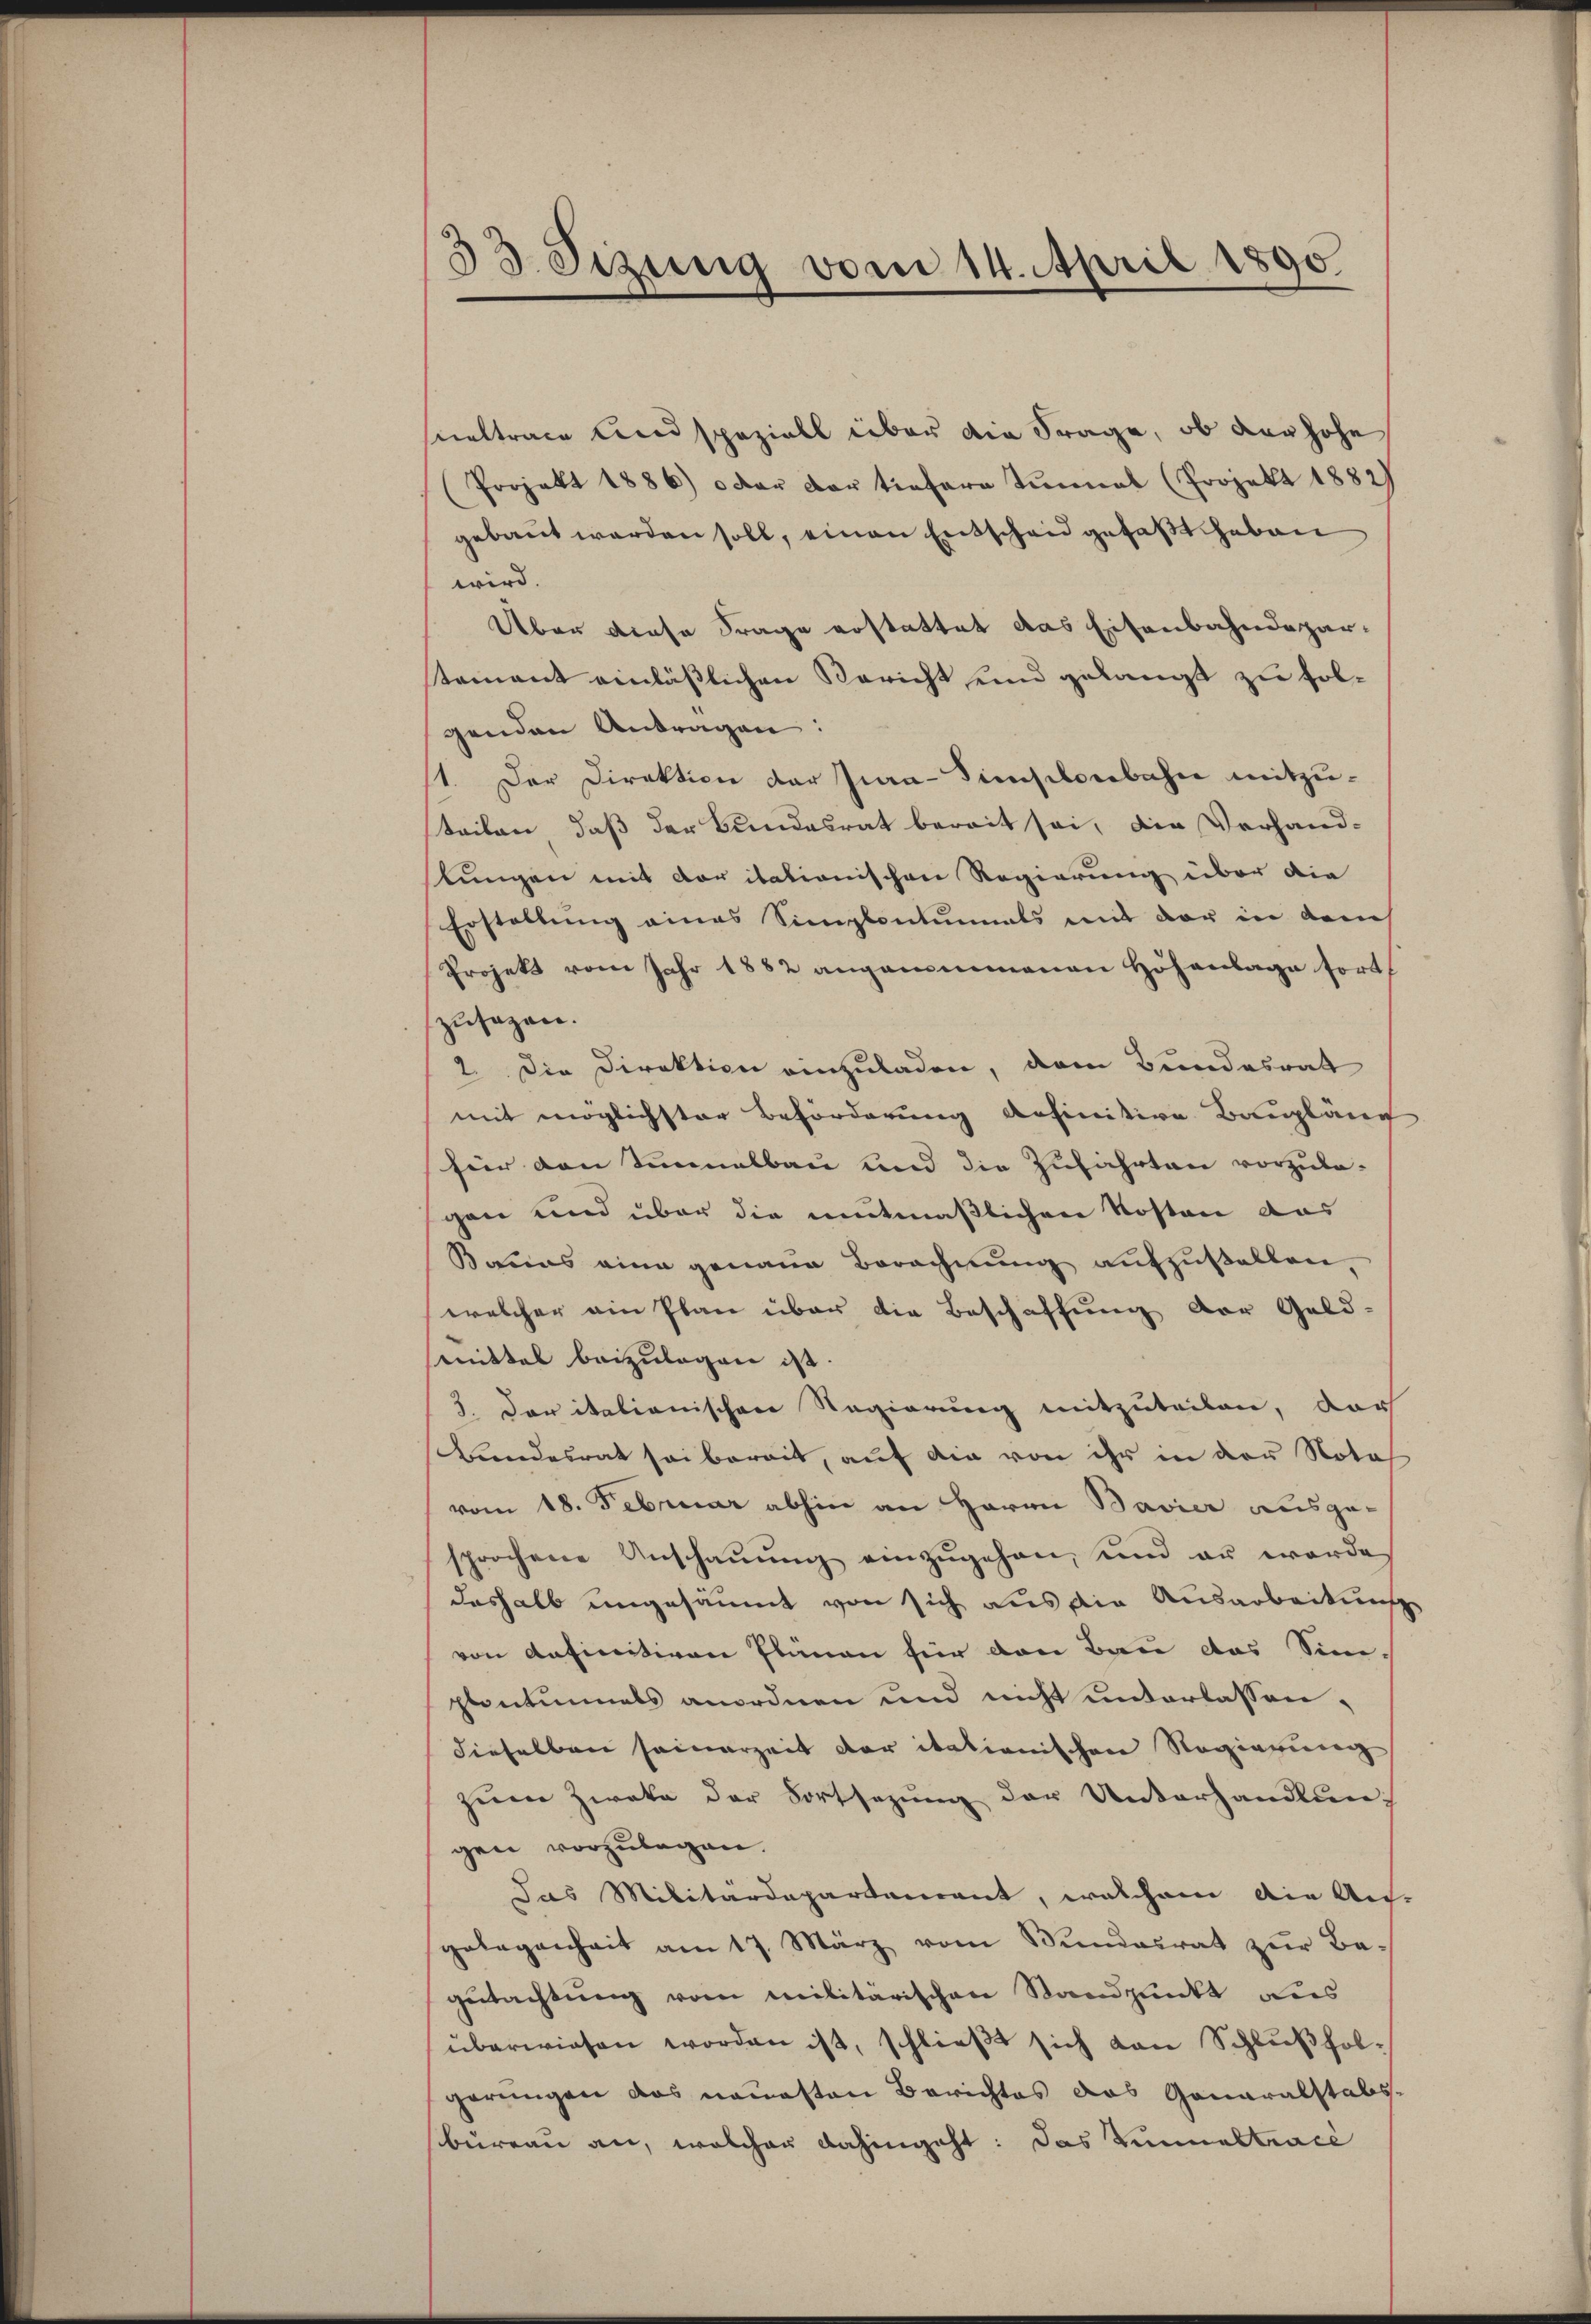
33. Sizung vom 14. April 1890

sueltrace und speziell über die Frage, ob der hohe
(Projekt 1886) oder der tiefere Turnal (Projekt 1882)
gebaut werden soll, einen Entscheid gefaßt haben
wird.
Über diese Frage erstattet das Eisenbahndepartement einläßlichen Bericht und gelangt zu solgenden Antragen:
1. Der Direktion der Jura-Simsilonbahn mitzuteilen, daß der Bundesrat bereit sei, die Verhand-
lungen mit der itationischen Regierung über die
Erstellung eines Simplontunals mit der in dem
Projekt vom Jahr 1882 angenommenen Höhenlage fort
zusagen.
2. Die Direktion einzuladen, dem Bundesrath
mit möglichster Beförderung befinitive Baupläne
für den Sinnelbau und die Zufahrten vorzule-
gen und über die mutmaßlichen Kosten das
Baues eine genaue Berechnŭng aŭfzŭstellen,
welcher ein Plan über die Beschaffung der Geld-
mittel beizulegen ist.
3. Der italienischen Regierung mitzuteilen, dar
Beendesrat sei bereit, auf die von ihr in der Nota
vom 18. Februar abhin an Herrn Bavier ausge-
sprochene Anschaŭŭng einzŭgehen, und er werde.
deshalb eingesäumt von sich aus die Ausarbeitung
von anfinitiven Plänen für den Bau das Simi-
plantunnels anordnen und nicht unterlassen,
dieselben seinerzeit der italienischen Regierung
zum Zweke der Fortsezung der Unterhandlungen vorzulegen.
Das Militärdepartement, welchem die Aus-
gelegenheit am 17. März vom Bundesrat zŭr Be-
gutachtung vom Militärischen Standpunkt des
überwiesen worden ist, schließt sich von Schlußfolgerungen das neuesten Berichtes das Ganaralstabsbüreau an, welcher dahingeht: Das Tunneltrace